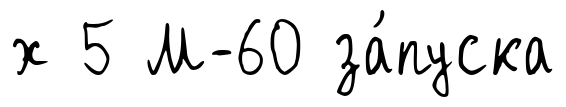
х 5 М-60 за́пуска